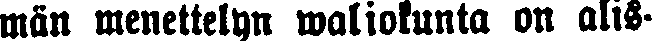
män menettelyn waliokunta on alis-